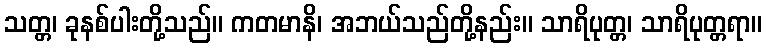
သတ္တ၊ ခုနစ်ပါးတို့သည်။ ကတမာနိ၊ အဘယ်သည်တို့နည်း။ သာရိပုတ္တ၊ သာရိပုတ္တရာ။